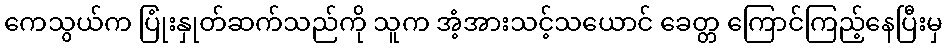
ကေသွယ်က ပြုံးနှုတ်ဆက်သည်ကို သူက အံ့အားသင့်သယောင် ခေတ္တ ကြောင်ကြည့်နေပြီးမှ